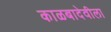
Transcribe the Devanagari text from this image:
काळबादेवीला